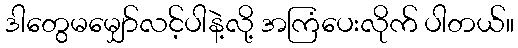
ဒါတွေမမျှော်လင့်ပါနဲ့လို့ အကြံပေးလိုက် ပါတယ်။